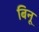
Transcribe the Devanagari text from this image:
बिनू